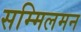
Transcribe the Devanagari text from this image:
सम्मिलमन